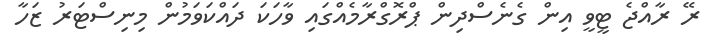
ރޭ ރާއްޖެ ޓީވީ އިން ގެނެސްދިން ޕްރޮގްރާމެއްގައި ވާހަކަ ދައްކަވަމުން މިނިސްޓަރު ޒަހާ